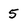
Character: 5